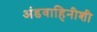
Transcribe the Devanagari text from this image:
अंडवाहिनीशी